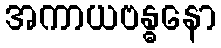
အကာယဗန္ဓနော